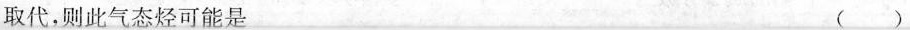
取代，则此气态烃可能是 ()